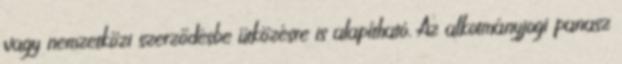
vagy nemzetközi szerződésbe ütközésre is alapítható. Az alkotmányjogi panasz